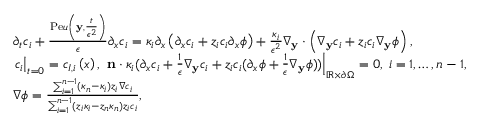
\begin{array} { r l } & { \partial _ { t } c _ { i } + \frac { \mathrm { P e } u \left( \mathbf { y } , \frac { t } { \epsilon ^ { 2 } } \right) } { \epsilon } \partial _ { x } c _ { i } = \kappa _ { i } \partial _ { x } \left( \partial _ { x } c _ { i } + z _ { i } c _ { i } \partial _ { x } \phi \right) + \frac { \kappa _ { i } } { \epsilon ^ { 2 } } \nabla _ { \mathbf { y } } \cdot \left( \nabla _ { \mathbf { y } } c _ { i } + z _ { i } c _ { i } \nabla _ { \mathbf { y } } \phi \right) , } \\ & { \left. c _ { i } \right| _ { t = 0 } = c _ { I , i } \left( x \right) , \; \left. \mathbf { n } \cdot \kappa _ { i } ( \partial _ { x } c _ { i } + \frac { 1 } { \epsilon } \nabla _ { \mathbf { y } } c _ { i } + z _ { i } c _ { i } ( \partial _ { x } \phi + \frac { 1 } { \epsilon } \nabla _ { \mathbf { y } } \phi ) ) \right| _ { \mathbb { R } \times \partial \Omega } = 0 , \; i = 1 , \hdots , n - 1 , } \\ & { \nabla \phi = \frac { \sum _ { i = 1 } ^ { n - 1 } ( \kappa _ { n } - \kappa _ { i } ) z _ { i } \nabla c _ { i } } { \sum _ { i = 1 } ^ { n - 1 } ( z _ { i } \kappa _ { i } - z _ { n } \kappa _ { n } ) z _ { i } c _ { i } } , } \end{array}